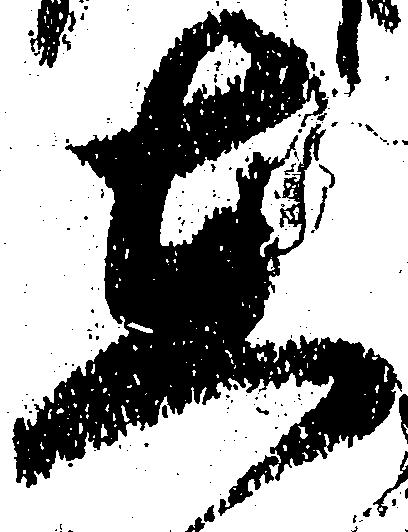
在